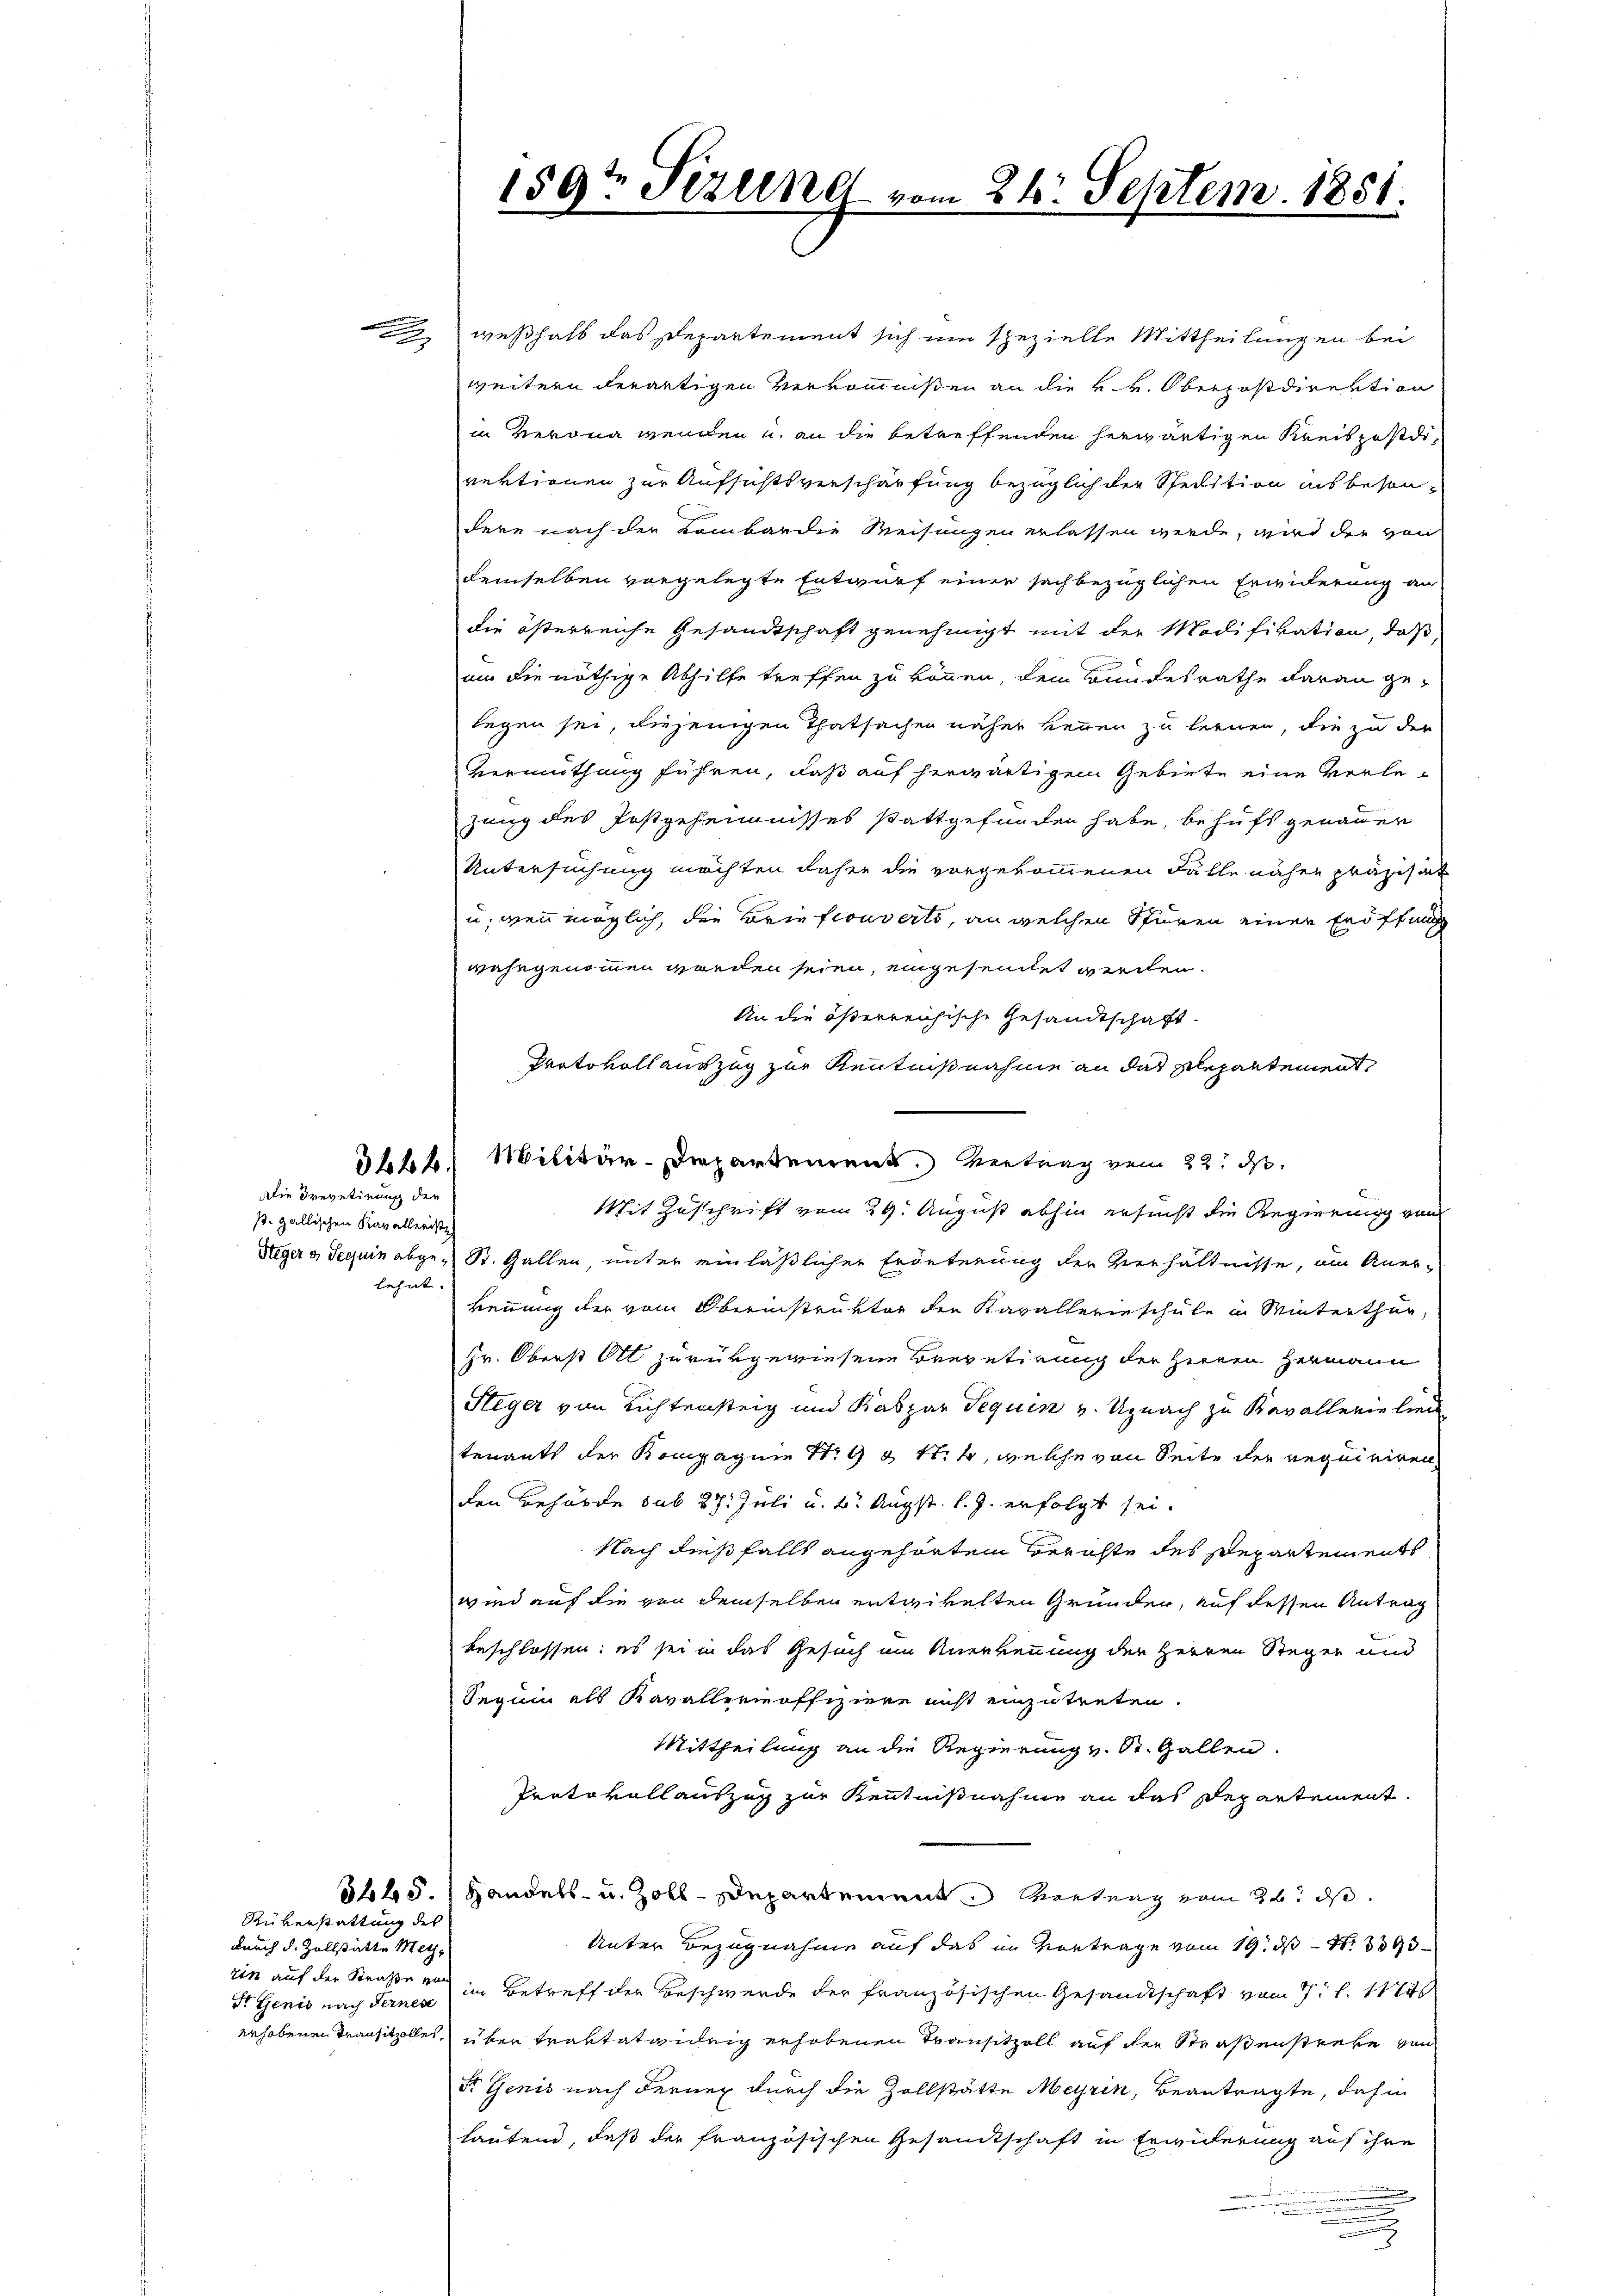
Die Drevetirung der

s. gallischen Kavalleriste
lehnt.

Rüberstattung des
durch d. Zollstätte Metzdr Genio nach Fernese

weßhalb das Departement sich um spezielle Mittheilungen bei
weitern derartigen Verkommnißen an die k.k. Oberpostdirektion
in Verona wenden u. an die betreffenden herwärtigen Kreis postdirektionen zur Aufsichtsverschärfung bezüglich der Spedition ins besondere nach der Kombardie Weisungen erlassen werde, wird der von
demselben vorgelegte Entwurf einer sachbezüglichen Erwiderung an
die österreiche Gesandtschaft genehmigt mit der Modifikation, daß,
um die nöthige Abhilfe treffen zu können, dem Bundesrathe daran gelegen sei, diejenigen Thatsachen näher kennen zu lernen, die zu der
vermuthung führen, daß auf herwärtigem Gebiete eine verlezung des Postgeheimnisses stattgefunden habe, behufs genauer
Untersuchung möchten daher die vorgekommenen Fälle näher präzisat
u. wenn möglich, die Briefcouverts, an welchen Spuren einer Eröffung
wahrgenommen worden seien, eingesendet werden.
An die österreichische Gesandtschaft
Protokollauszug zur Kenntnißnahme an das schepartement,
3642. Militär-Departement. Vertrag vom 22. d.
Mit Zuschrift vom 29. August abhin ersucht die Regierung von
Steger v Requin abge-St. Gallen, unter einläßlicher Erörterung der Verhältnisse, am Aner-
kennung der vom Oberinstruktor der Kavallerinschule in Winterthur,
Hr. Oberst Ott zurükgewiesene Brevetirung der Herren Hermann
Steger von Richtensteig und Kaspar Sequin v. Uznach zu Kavallerie lieu
tenants der Kompagnie Nr 9 4 f. 4, welche von Seite der requiriren
den Behörde sub 27. Juli u. 2. Augst. l. J. erfolgt sei.
Nach dießfalls angehörtem Berichte des Departements
wind auf die von demselben entwickelten Grunder, auf dessen Antrag
beschlossen: es sei in das Gesuch um Anerkennung der Herren Steger und
Seguin als Kavallerinoffiziere nicht einzutreten.
Mittheilung an die Regierung v. St. Gallen.
Protokollauszug zur Kenntnißnahme an das Departement.
8645. Handels- u. Zoll-Departement Vortrag vom 22. ds.
Unter Bezugnahme auf das im Vortrage vom 19. ds N. 3093
rin auf der Straße er im Betreff der Beschwerde der französischen Gesandtschaft vom 7. d. 11
erhobenen Transitzolles über Traktataileig erhobenen Transitzoll auf der Straßenstrebe von
St. Genis nach derung durch die Zollstätte Meyrik, Beantragte, dahin
lautend, daß der französischen Gesandtschaft in Erwücherung auf ihre
.
.
.
u

159t Sezung vom 24. Septem. 1851.